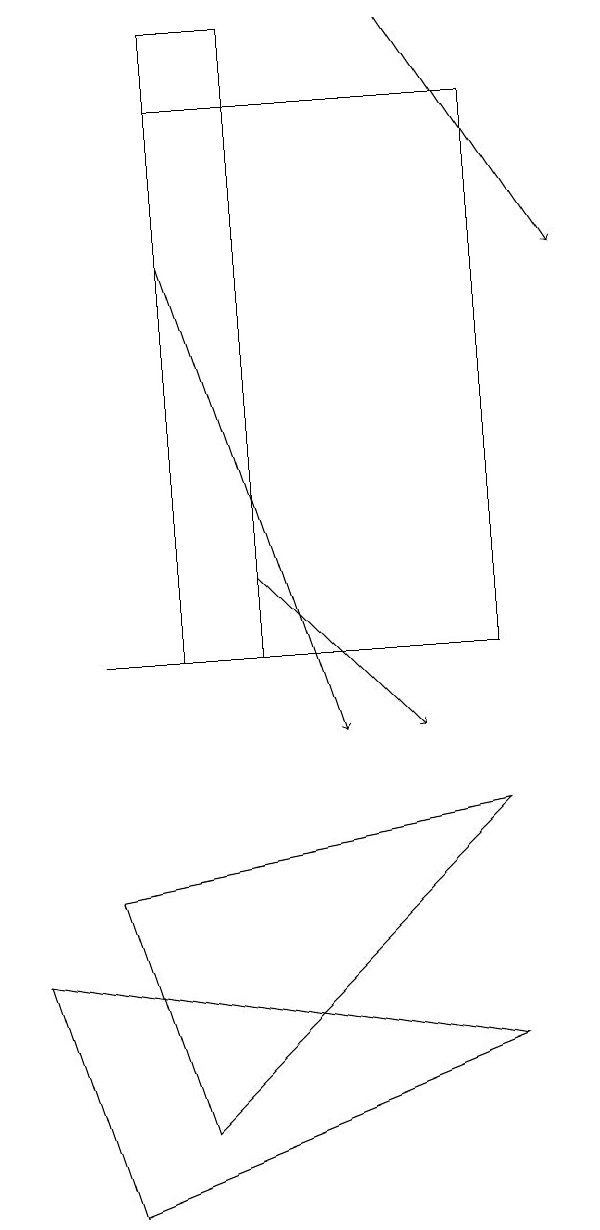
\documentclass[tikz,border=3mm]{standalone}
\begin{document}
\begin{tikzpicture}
\draw (7,11) rectangle (3,18);
\draw (4,11) rectangle (3,19);
\draw[->] (4,12) -- (6,10);
\draw (2,4) -- (7,6) -- (1,7) -- cycle;
\draw[->] (3,16) -- (5,10);
\draw (3,5) -- (7,9) -- (2,8) -- cycle;
\draw (2,11) rectangle (4,11);
\draw[->] (6,19) -- (8,16);
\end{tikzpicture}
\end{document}